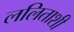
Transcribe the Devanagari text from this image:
ललिताशी